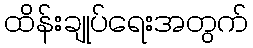
ထိန်းချုပ်ရေးအတွက်